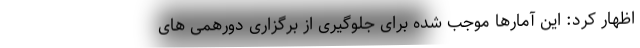
اظهار کرد: این آمارها موجب شده برای جلوگیری از برگزاری دورهمی های